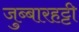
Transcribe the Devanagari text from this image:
जुब्‍बारहट्टी